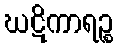
ဃဋိကာရဉ္စ